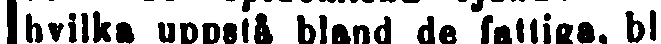
hvilka uppslå bland de fattiga, bl